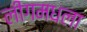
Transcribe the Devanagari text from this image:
लीगमधला